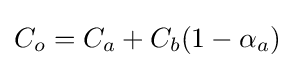
C_{o}=C_{a}+C_{b}(1-\alpha _{a})